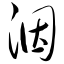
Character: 洇